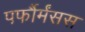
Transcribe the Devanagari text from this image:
पर्फौर्मंसस